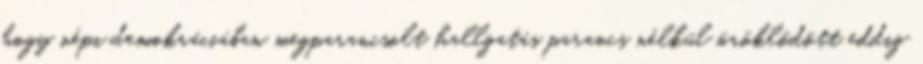
hogy népi demokráciában megparancsolt hallgatás parancs nélkül öröklődött eddig